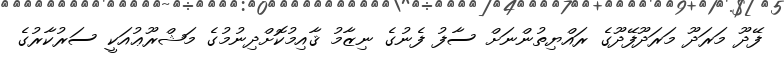
ފޭދޫ މަރަދޫ މަރަދޫފޭދޫގެ ރައްޔިތުންނަށް ސާފު ފެނުގެ ނިޒާމު ޤާއިމުކޮށްދިނުމުގެ މަޝްރޫޢުއަކީ ސަރުކާރުގެ